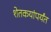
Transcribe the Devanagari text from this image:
शेतकयांपर्यंत